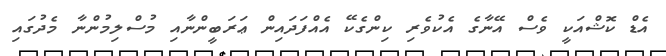
އެޑް ކޮޝްއަކީ ވެސް އޭނާގެ އެކުވެރި ކިންގެކޭ އެއްފަދައިން ޢަރަބީންނާއި މުސްލިމުންނާ މެދުގައި